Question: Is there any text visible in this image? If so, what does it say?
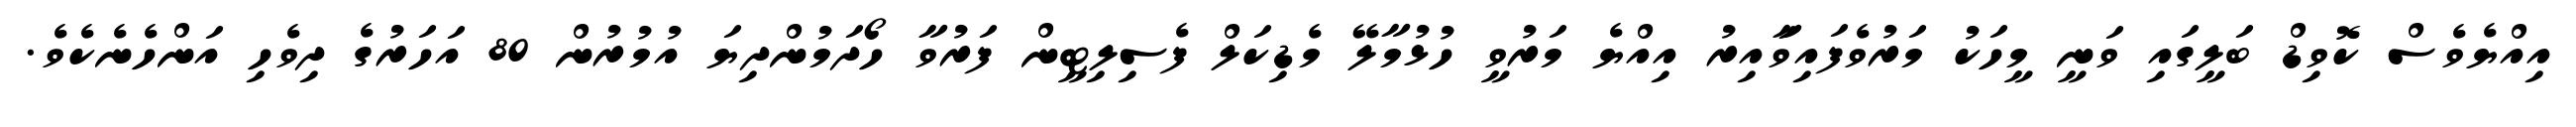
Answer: އިއްޔެވެސް ކޮވިޑް ބަލީގައި ވަނީ މީހަކު މަރުވެފައިވާައިރު އިއްޔެ މަރުވީ ހުޅުމާލޭ މެޑިކަލް ފެސިލިޓީން ފަރުވާ ހޯދަމުންދިޔަ އުމުރުން 80 އަހަރުގެ ދިވެހި އަންހެނެކެވެ.